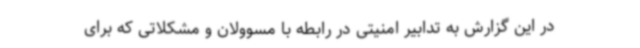
در این گزارش به تدابیر امنیتی در رابطه با مسوولان و مشکلاتی که برای